Lunatic asylums United Provinces 1899-1908 - 1899-1908
Year: 1899
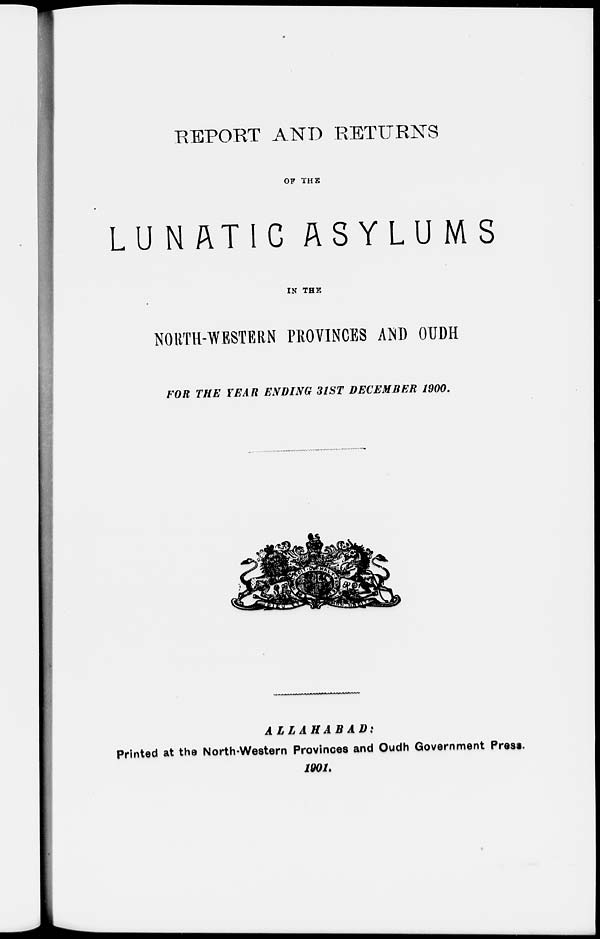
REPORT AND RETURNS
OF THE
LUNATIC ASYLUMS
IN THE
NORTH-WESTERN PROVINCES AND OUDH
FOR THE YEAR ENDING 31ST DECEMBER 1900.
ALLAHABAD:
Printed at the North-Western Provinces and Oudh Government Press.
1901.